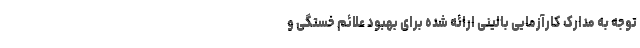
توجه به مدارک کارآزمایی بالینی ارائه شده برای بهبود علائم خستگی و